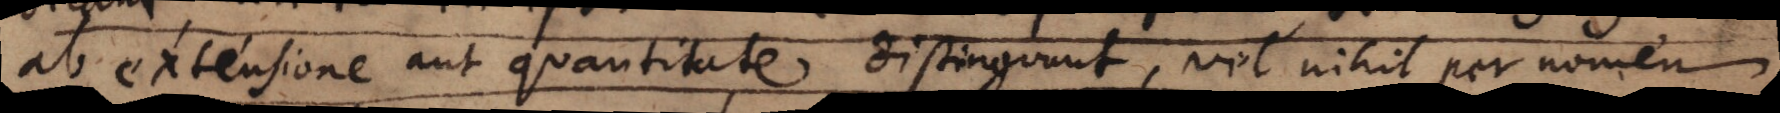
ab extensione aut quantitate distinguunt, vel nihil per nomen